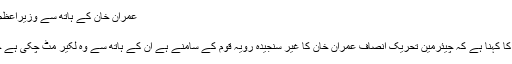
عمران خان کے ہاتھ سے وزیراعظم بننے کی لکیر مٹ چکی، رانا ثنااللہ
جمعرات, 12 مئی 2016 17:08
لاہور: وزیر قانون پنجاب رانا ثنا اللہ کا کہنا ہے کہ چیئرمین تحریک انصاف عمران خان کا غیر سنجیدہ رویہ قوم کے سامنے ہے ان کے ہاتھ سے وہ لکیر مٹ چکی ہے جس سے وہ برسراقتدارآنا چاہتے ہیں۔